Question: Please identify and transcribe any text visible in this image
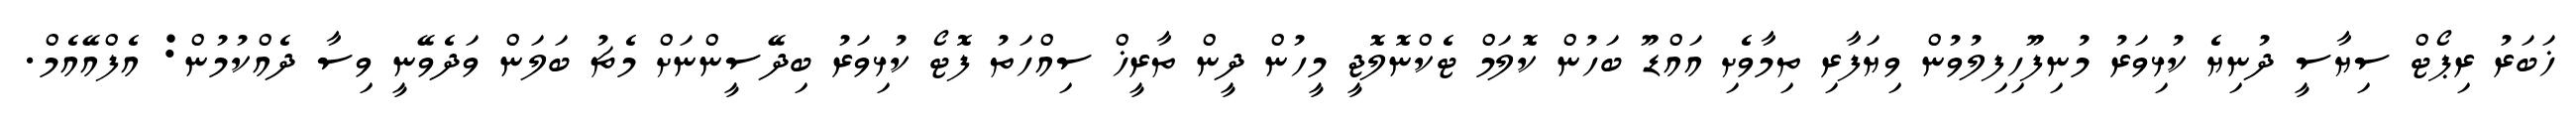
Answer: ޚަބަރު ރިޕޯޓް ސިޔާސީ ދުނިޔެ ކުޅިވަރު މުނިފޫހިފިލުވުން ވިޔަފާރި ތިމާވެށި އައްޑޫ ބަހުން ކޮލަމް ޓެކްނޮލޮޖީ މީހުން ދީން ތާރީޚް ސިއްހަތު ފޮޓޯ ކުޅިވަރު ބިދޭސީންނަށް މެޗު ބަލަން ވަދެވޭނީ ވިސާ ދެއްކުމުން: އެފްއޭއެމް.